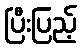
ပြီးပြည့်